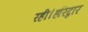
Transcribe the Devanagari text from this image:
रही।हरिद्वार